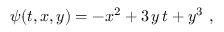
\psi ( t , x , y ) = - x ^ { 2 } + 3 \, y \, t + y ^ { 3 } \ ,